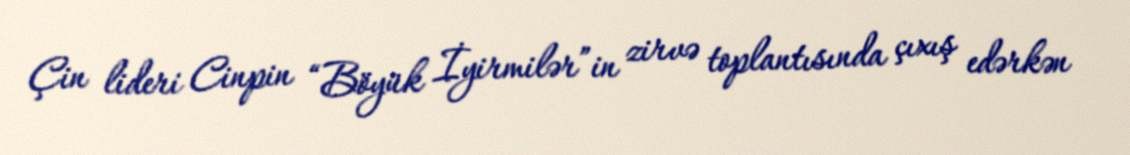
Çin lideri Cinpin “Böyük İyirmilər”in zirvə toplantısında çıxış edərkən